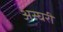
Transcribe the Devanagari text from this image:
अस्घरी